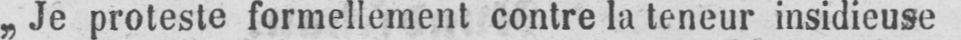
„Je proteste formellement contre la teneur insidieuse